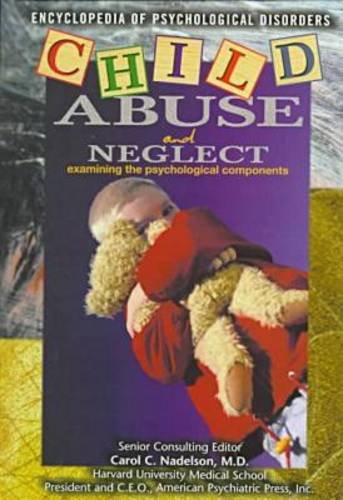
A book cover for Child Abuse & Neglect (Psy) (Encyclopedia of Psychological Disorders); Elizabeth R. Connelly; Teen & Young Adult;